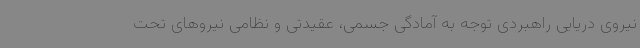
نیروی دریایی راهبردی توجه به آمادگی جسمی، عقیدتی و نظامی نیروهای تحت